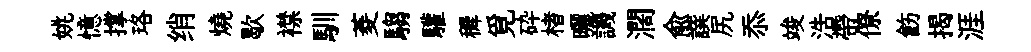
姚憶撑珞绡燒歇襟馴菱騶驩穉覓砕楮曬譏濶俞譔尻忝竣浩帶僚飭揭涯